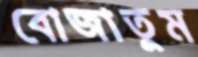
বোজাতুম